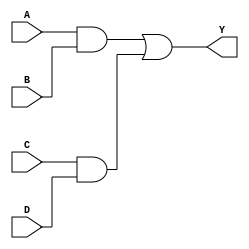
module andor(A,B,C,D,Y);
	input A,B,C,D;		//inputs for the circuit are a,b,c,d
	output Y;			//y is the output of the circuit
	wire and_op1,and_op2;
		and g1(and_op1,A,B);		//g1 represents an and gate
		and g2(and_op2,C,D); 		//g2 represents an and gate 
		or g3(Y,and_op1,and_op2);   	//g3 represents the or gate
endmodule

module test_andor;
	reg a,b,c,d;	
	wire y;
	andor ao(a,b,c,d,y);
	initial			
	begin
		$dumpfile("program3.vcd");
		$dumpvars(0,test_andor);
		a=0;b=1;c=1;d=1;		
		  #10
		a=0;b=0;c=1;d=0;		
		  #10
		$finish;			 
	end					      
endmodule